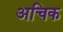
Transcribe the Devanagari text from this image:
अचिक